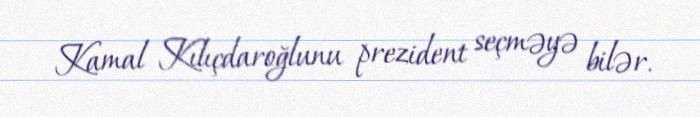
Kamal Kılıçdaroğlunu prezident seçməyə bilər.